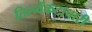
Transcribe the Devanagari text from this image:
तिरुवेंकटाचारी